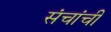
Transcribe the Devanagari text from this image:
संचांची